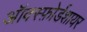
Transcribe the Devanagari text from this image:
ऑक्स्फ़ोर्डशायर